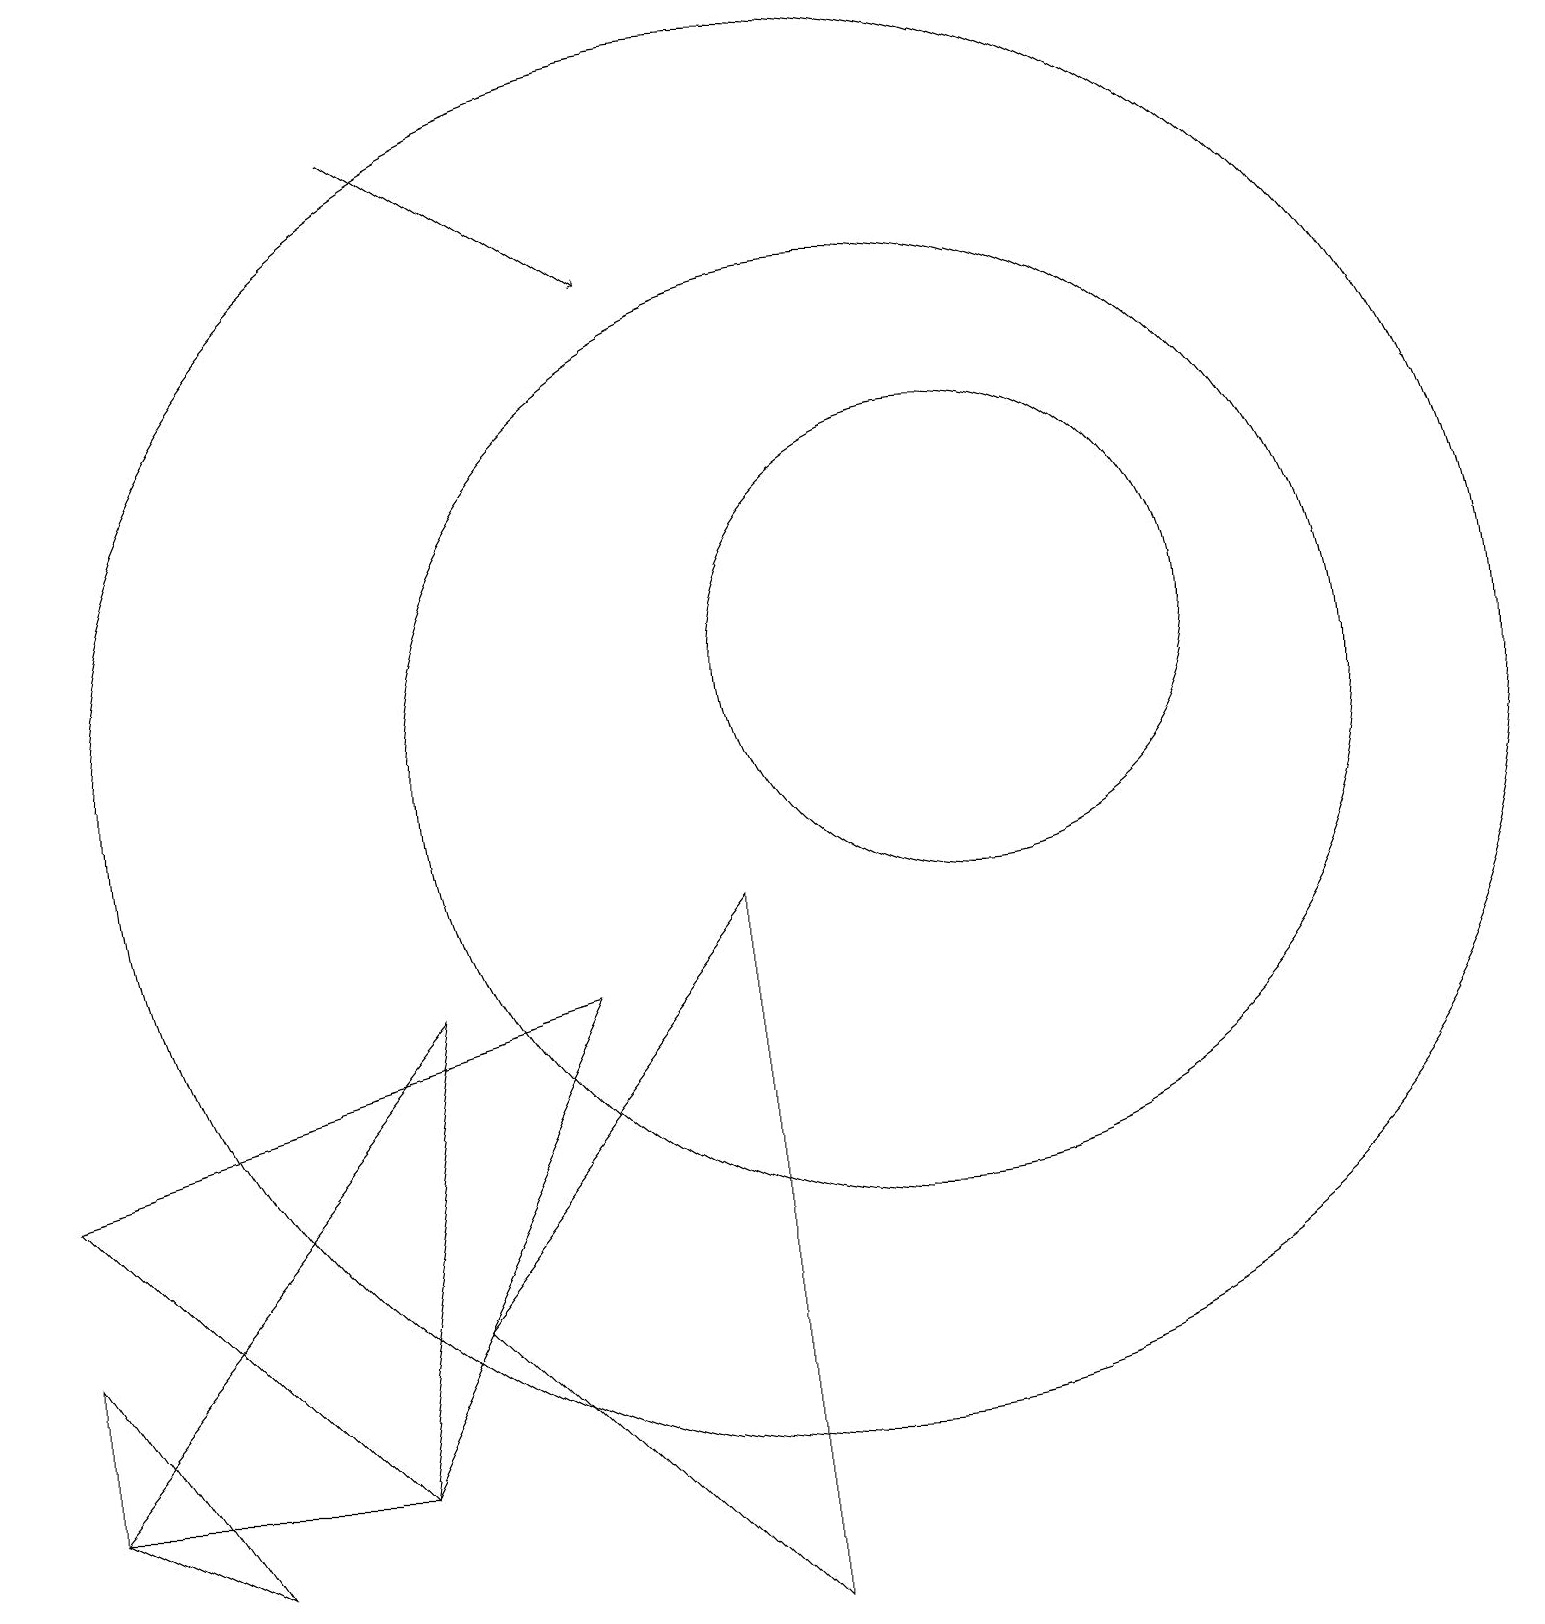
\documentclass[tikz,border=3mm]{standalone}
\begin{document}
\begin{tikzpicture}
\draw (12,12) circle (3);
\draw (11,11) circle (6);
\draw (7,8) -- (4,2) -- (0,6) -- cycle;
\draw[->] (5,19) -- (8,17);
\draw (9,0) -- (9,9) -- (5,4) -- cycle;
\draw (10,11) circle (9);
\draw (5,8) -- (0,2) -- (4,2) -- cycle;
\draw (0,2) -- (2,1) -- (0,4) -- cycle;
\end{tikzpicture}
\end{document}